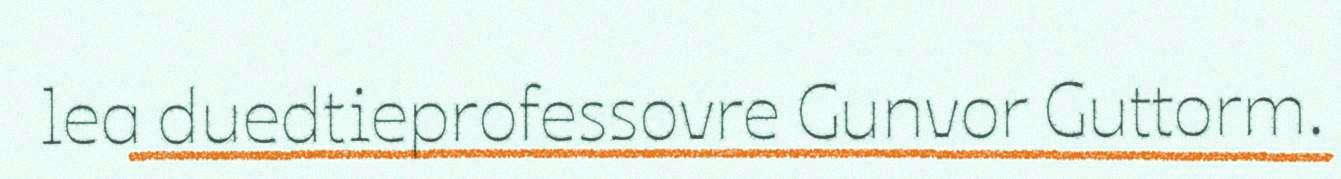
lea duedtieprofessovre Gunvor Guttorm.